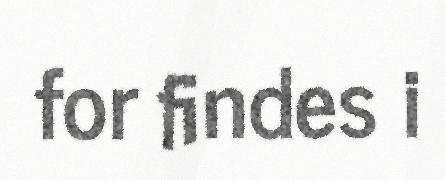
for findes i